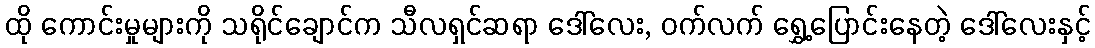
ထို ကောင်းမှုများကို သရိုင်ချောင်က သီလရှင်ဆရာ ဒေါ်လေး, ဝက်လက် ရွှေ့ပြောင်းနေတဲ့ ဒေါ်လေးနှင့်